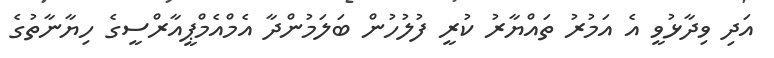
އަދި ވިދާޅުވީ އެ އަމުރު ތައްޔާރު ކުރީ ފުލުހުން ބަލަމުންދާ އެމްއެމްޕީއާރްސީގެ ހިޔާނާތުގެ